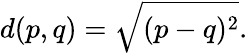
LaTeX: d(p,q)={\sqrt{(p-q)^{2}}}.